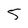
Character: 5